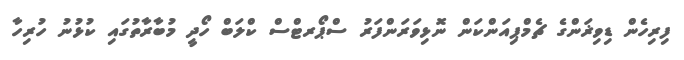
ފިރިހެން ޑިވިޜަންގެ ޗެމްޕިއަންކަން ނޮޅިވަރަންފަރު ސްޕޯރޓްސް ކްލަބް ހޯދީ މުބާރާތުގައި ކުޅުނު ހުރިހާ